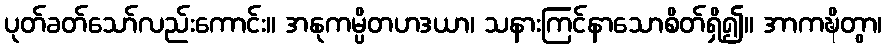
ပုတ်ခတ်သော်လည်းကောင်း။ အနုကမ္ပိတဟဒယာ၊ သနားကြင်နာသောစိတ်ရှိ၍။ အာကဍ္ဎိတွာ၊